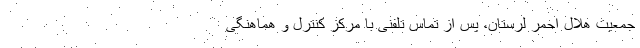
جمعیت هلال احمر لرستان، پس از تماس تلفنی با مرکز کنترل و هماهنگی